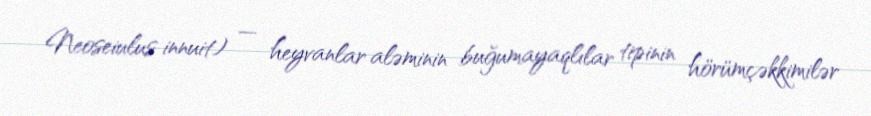
Neoseiulus innuit) — heyvanlar aləminin buğumayaqlılar tipinin hörümçəkkimilər